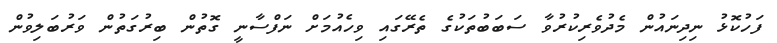
ފަހުކޮޅު ނިދިނައުން މެދުވެރިކުރުވާ ސަބަބުތަކުގެ ތެރޭގައި ވިހެއުމަށް ނަފްސާނީ ގޮތުން ބިރުގަތުން ވަރުބަލިވުން